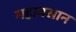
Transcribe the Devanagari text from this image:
महावसान